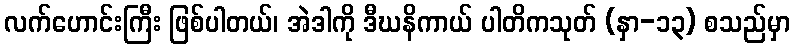
လက်ဟောင်းကြီး ဖြစ်ပါတယ်၊ အဲဒါကို ဒီဃနိကာယ် ပါတိကသုတ် (နှာ-၁၃) စသည်မှာ